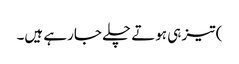
) تیز ہی ہوتے چلے جارہے ہیں۔